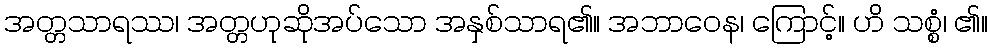
အတ္တသာရဿ၊ အတ္တဟုဆိုအပ်သော အနှစ်သာရ၏။ အဘာဝေန၊ ကြောင့်။ ဟိ သစ္စံ၊ ၏။